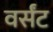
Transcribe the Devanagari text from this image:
वर्संट